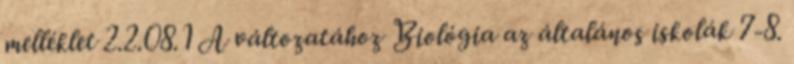
melléklet 2.2.08.1 A változatához Biológia az általános iskolák 7-8.